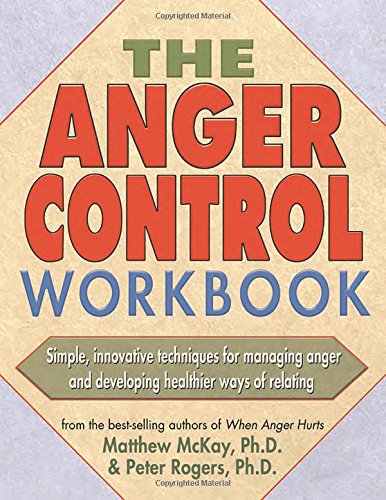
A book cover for The Anger Control Workbook; Matthew McKay; Self-Help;